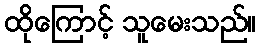
ထိုကြောင့် သူမေးသည်။